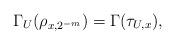
LaTeX: \begin{align*}\Gamma_U(\rho_{x,2^{-m}})=\Gamma(\tau_{U,x}),\end{align*}